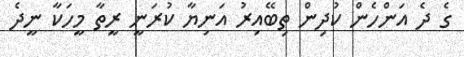
ގެ ދެ އަންހެން ކުދިން ތިބޭއިރު އަނިޔާ ކުރަނީ ރީތާ މީހަކާ ނީދެ